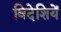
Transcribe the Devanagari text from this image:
विदेशियें